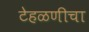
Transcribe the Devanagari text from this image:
टेहळणीचा